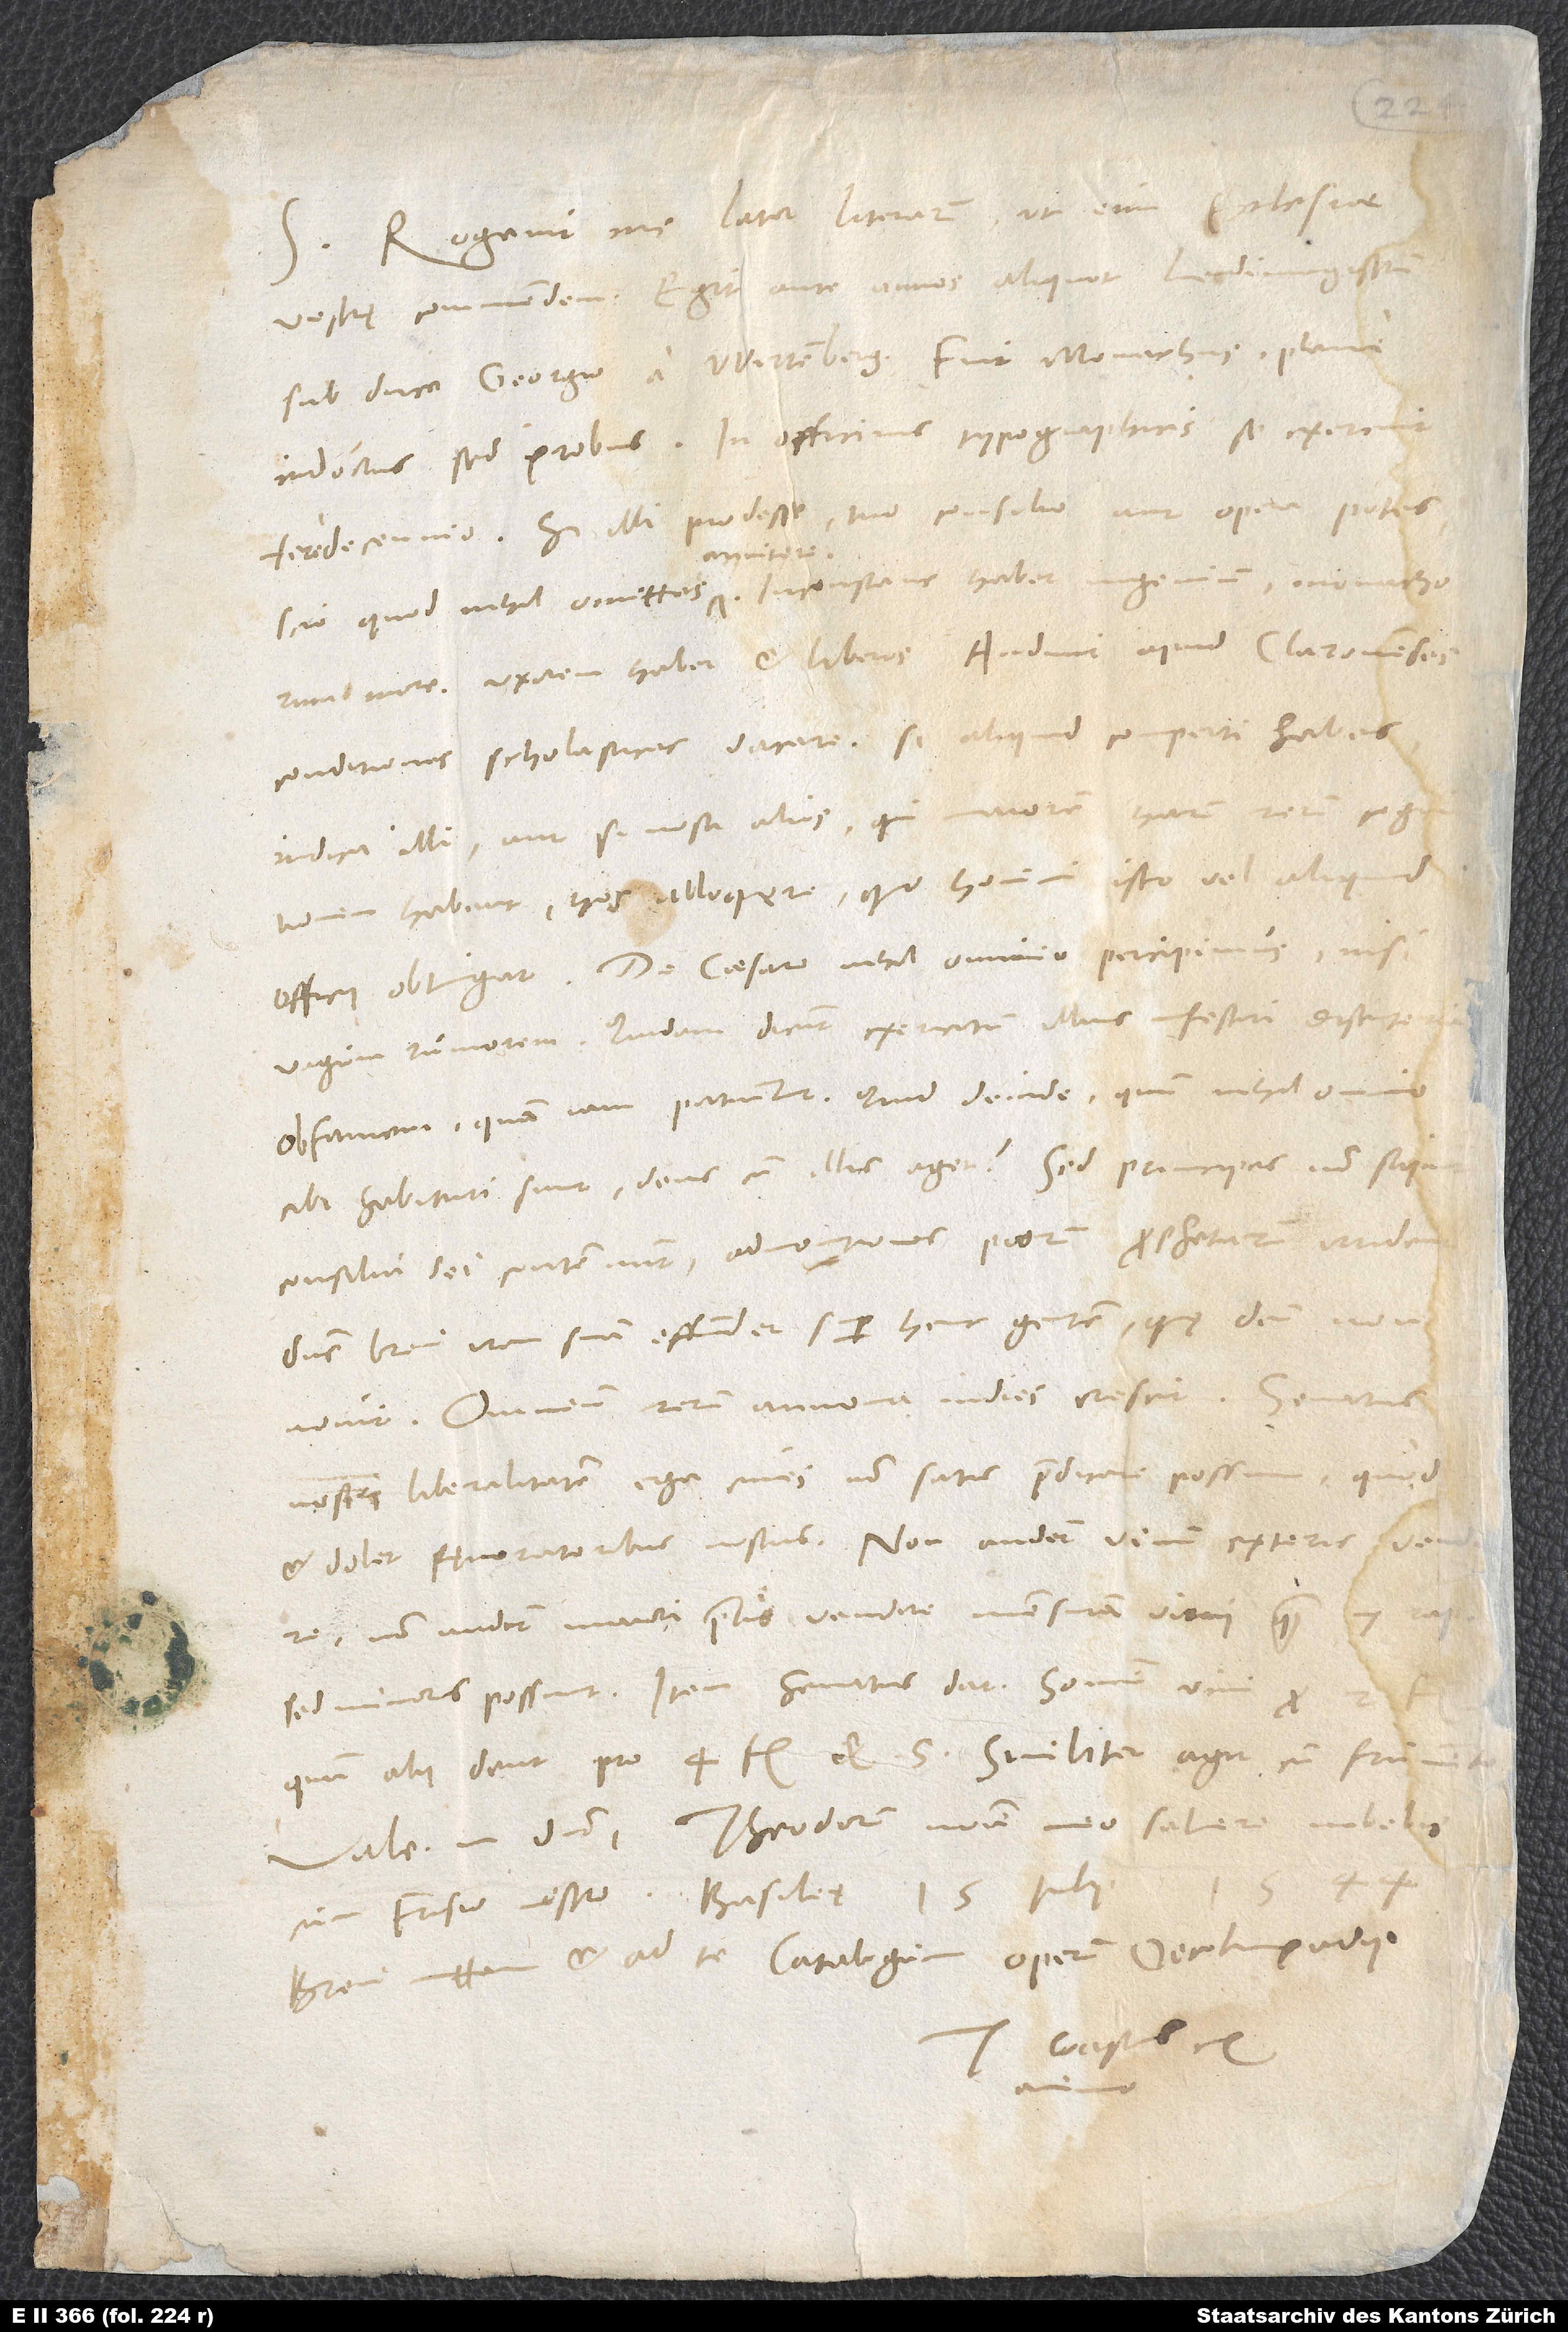
Rogavit me lator literarum, ut eum ecclesiae
vestrę commendem. Egit ante annos aliquot ludimagistrum
sub duce Georgio a Wirtemberg. Fuit monachus plane
indoctus, sed probus. In officinis typographicis se exercuit
fere decennio. Si illi prodesse tuo consilio aut opera potes,
scio, quod nihil omittes annitere. Inconstans habet ingenium monachorum
more. Uxorem habet et liberos. Audivi apud Claronenses
indica illi, aut si nosti alios, qui maiorem harum rerum cognitionem
habent, hos alloquere, quo homini isto vel aliquid
vagum rumorem. Quidam dicunt exercitum illius infestari disenteria
cibi habituri sunt, deus cum illis aget? Sed principes non sapiunt,
consilia dei contemnunt, admonitiones piorum prophetarum irrident.
Dominus brevi iram suam effundet super hanc gentem, quę deum non
Omnium rerum annona indies crescit. Senatus
nostri liberalitatem erga cives non satis praedicare possum, quod
et dolet fęneratoribus nostris. Non audent vinum exteris vendere,
non audent maiori pretio vendere mensuram vini quam 7 rap,
sed minoris possunt. Item senatus dat somum vini pro
quum alii dent pro 4 fl. vel 5. Similiter agit cum frumento.
Vale in domino. Theodorum nomine meo salvere iubebis
S.
Brevi mittam et ad te catalogum operum Oecolampadii.
Tuus Gastius ex